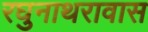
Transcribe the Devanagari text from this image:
रघुनाथरावास